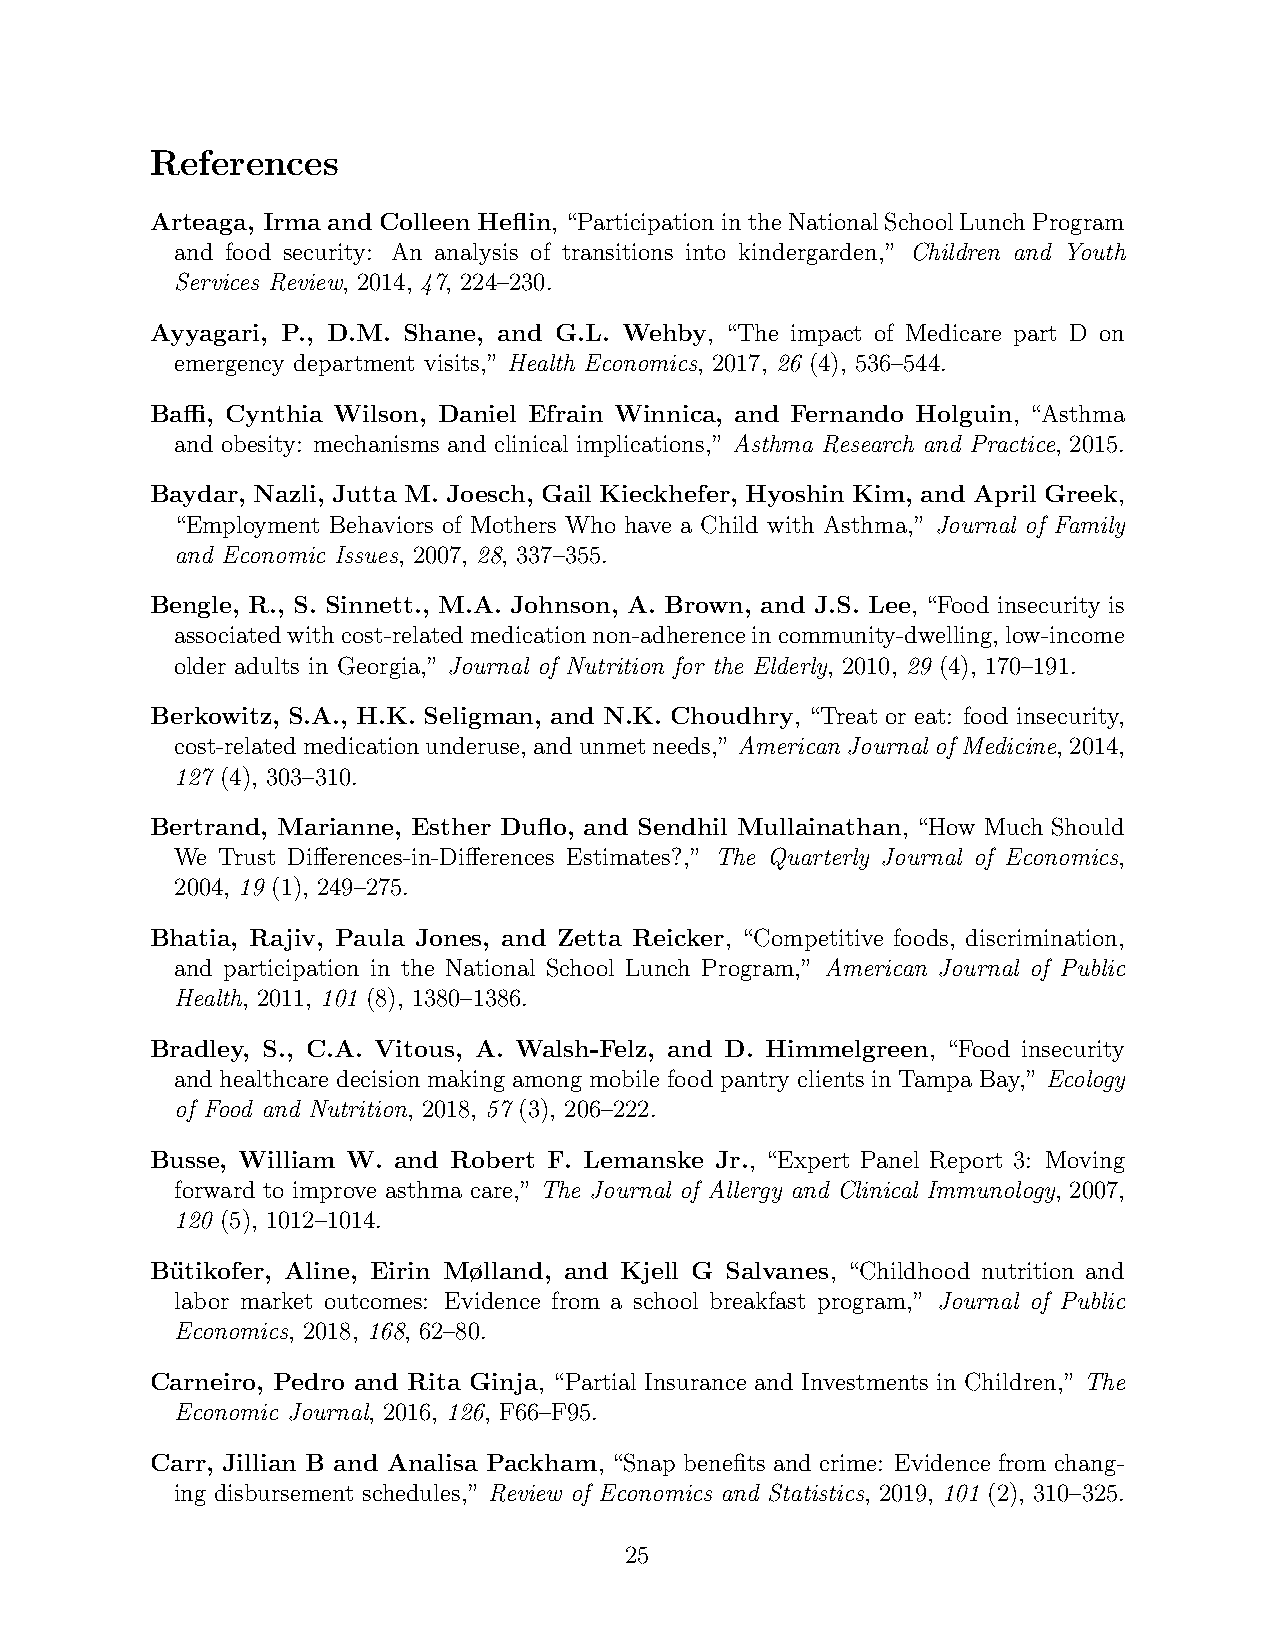
References
 Arteaga, Irma and Colleen Heflin, “ParticipationintheNationalSchoolLunchProgram
 and food security: An analysis of transitions into kindergarden,” Children and Youth
 Services Review, 2014, 47, 224–230.
 Ayyagari, P., D.M. Shane, and G.L. Wehby, “The impact of Medicare part D on
 emergency department visits,” Health Economics, 2017, 26 (4), 536–544.
 Baffi, Cynthia Wilson, Daniel Efrain Winnica, and Fernando Holguin, “Asthma
 and obesity: mechanisms and clinical implications,” Asthma Research and Practice, 2015.
 Baydar, Nazli, Jutta M. Joesch, Gail Kieckhefer, Hyoshin Kim, and April Greek,
 “Employment Behaviors of Mothers Who have a Child with Asthma,” Journal of Family
 and Economic Issues, 2007, 28, 337–355.
 Bengle, R., S. Sinnett., M.A. Johnson, A. Brown, and J.S. Lee, “Food insecurity is
 associatedwithcost-relatedmedicationnon-adherenceincommunity-dwelling, low-income
 older adults in Georgia,” Journal of Nutrition for the Elderly, 2010, 29 (4), 170–191.
 Berkowitz, S.A., H.K. Seligman, and N.K. Choudhry, “Treat or eat: food insecurity,
 cost-relatedmedicationunderuse, andunmetneeds,” American Journal of Medicine, 2014,
 127 (4), 303–310.
 Bertrand, Marianne, Esther Duflo, and Sendhil Mullainathan, “How Much Should
 We Trust Differences-in-Differences Estimates?,” The Quarterly Journal of Economics,
 2004, 19 (1), 249–275.
 Bhatia, Rajiv, Paula Jones, and Zetta Reicker, “Competitive foods, discrimination,
 and participation in the National School Lunch Program,” American Journal of Public
 Health, 2011, 101 (8), 1380–1386.
 Bradley, S., C.A. Vitous, A. Walsh-Felz, and D. Himmelgreen, “Food insecurity
 and healthcare decision making among mobile food pantry clients in Tampa Bay,” Ecology
 of Food and Nutrition, 2018, 57 (3), 206–222.
 Busse, William W. and Robert F. Lemanske Jr., “Expert Panel Report 3: Moving
 forward to improve asthma care,” The Journal of Allergy and Clinical Immunology, 2007,
 120 (5), 1012–1014.
 Bu¨tikofer, Aline, Eirin Mølland, and Kjell G Salvanes, “Childhood nutrition and
 labor market outcomes: Evidence from a school breakfast program,” Journal of Public
 Economics, 2018, 168, 62–80.
 Carneiro, Pedro and Rita Ginja, “Partial Insurance and Investments in Children,” The
 Economic Journal, 2016, 126, F66–F95.
 Carr, Jillian B and Analisa Packham, “Snap benefits and crime: Evidence from chang-
 ing disbursement schedules,” Review of Economics and Statistics, 2019, 101 (2), 310–325.
 25